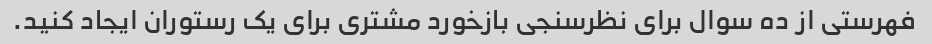
فهرستی از ده سوال برای نظرسنجی بازخورد مشتری برای یک رستوران ایجاد کنید.